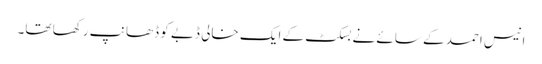
انیس احمد کے سائے نے بسکٹ کے ایک خالی ڈبے کو ڈھانپ رکھا تھا۔